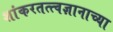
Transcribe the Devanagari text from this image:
शांकरतत्त्वज्ञानाच्या